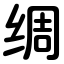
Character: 绸